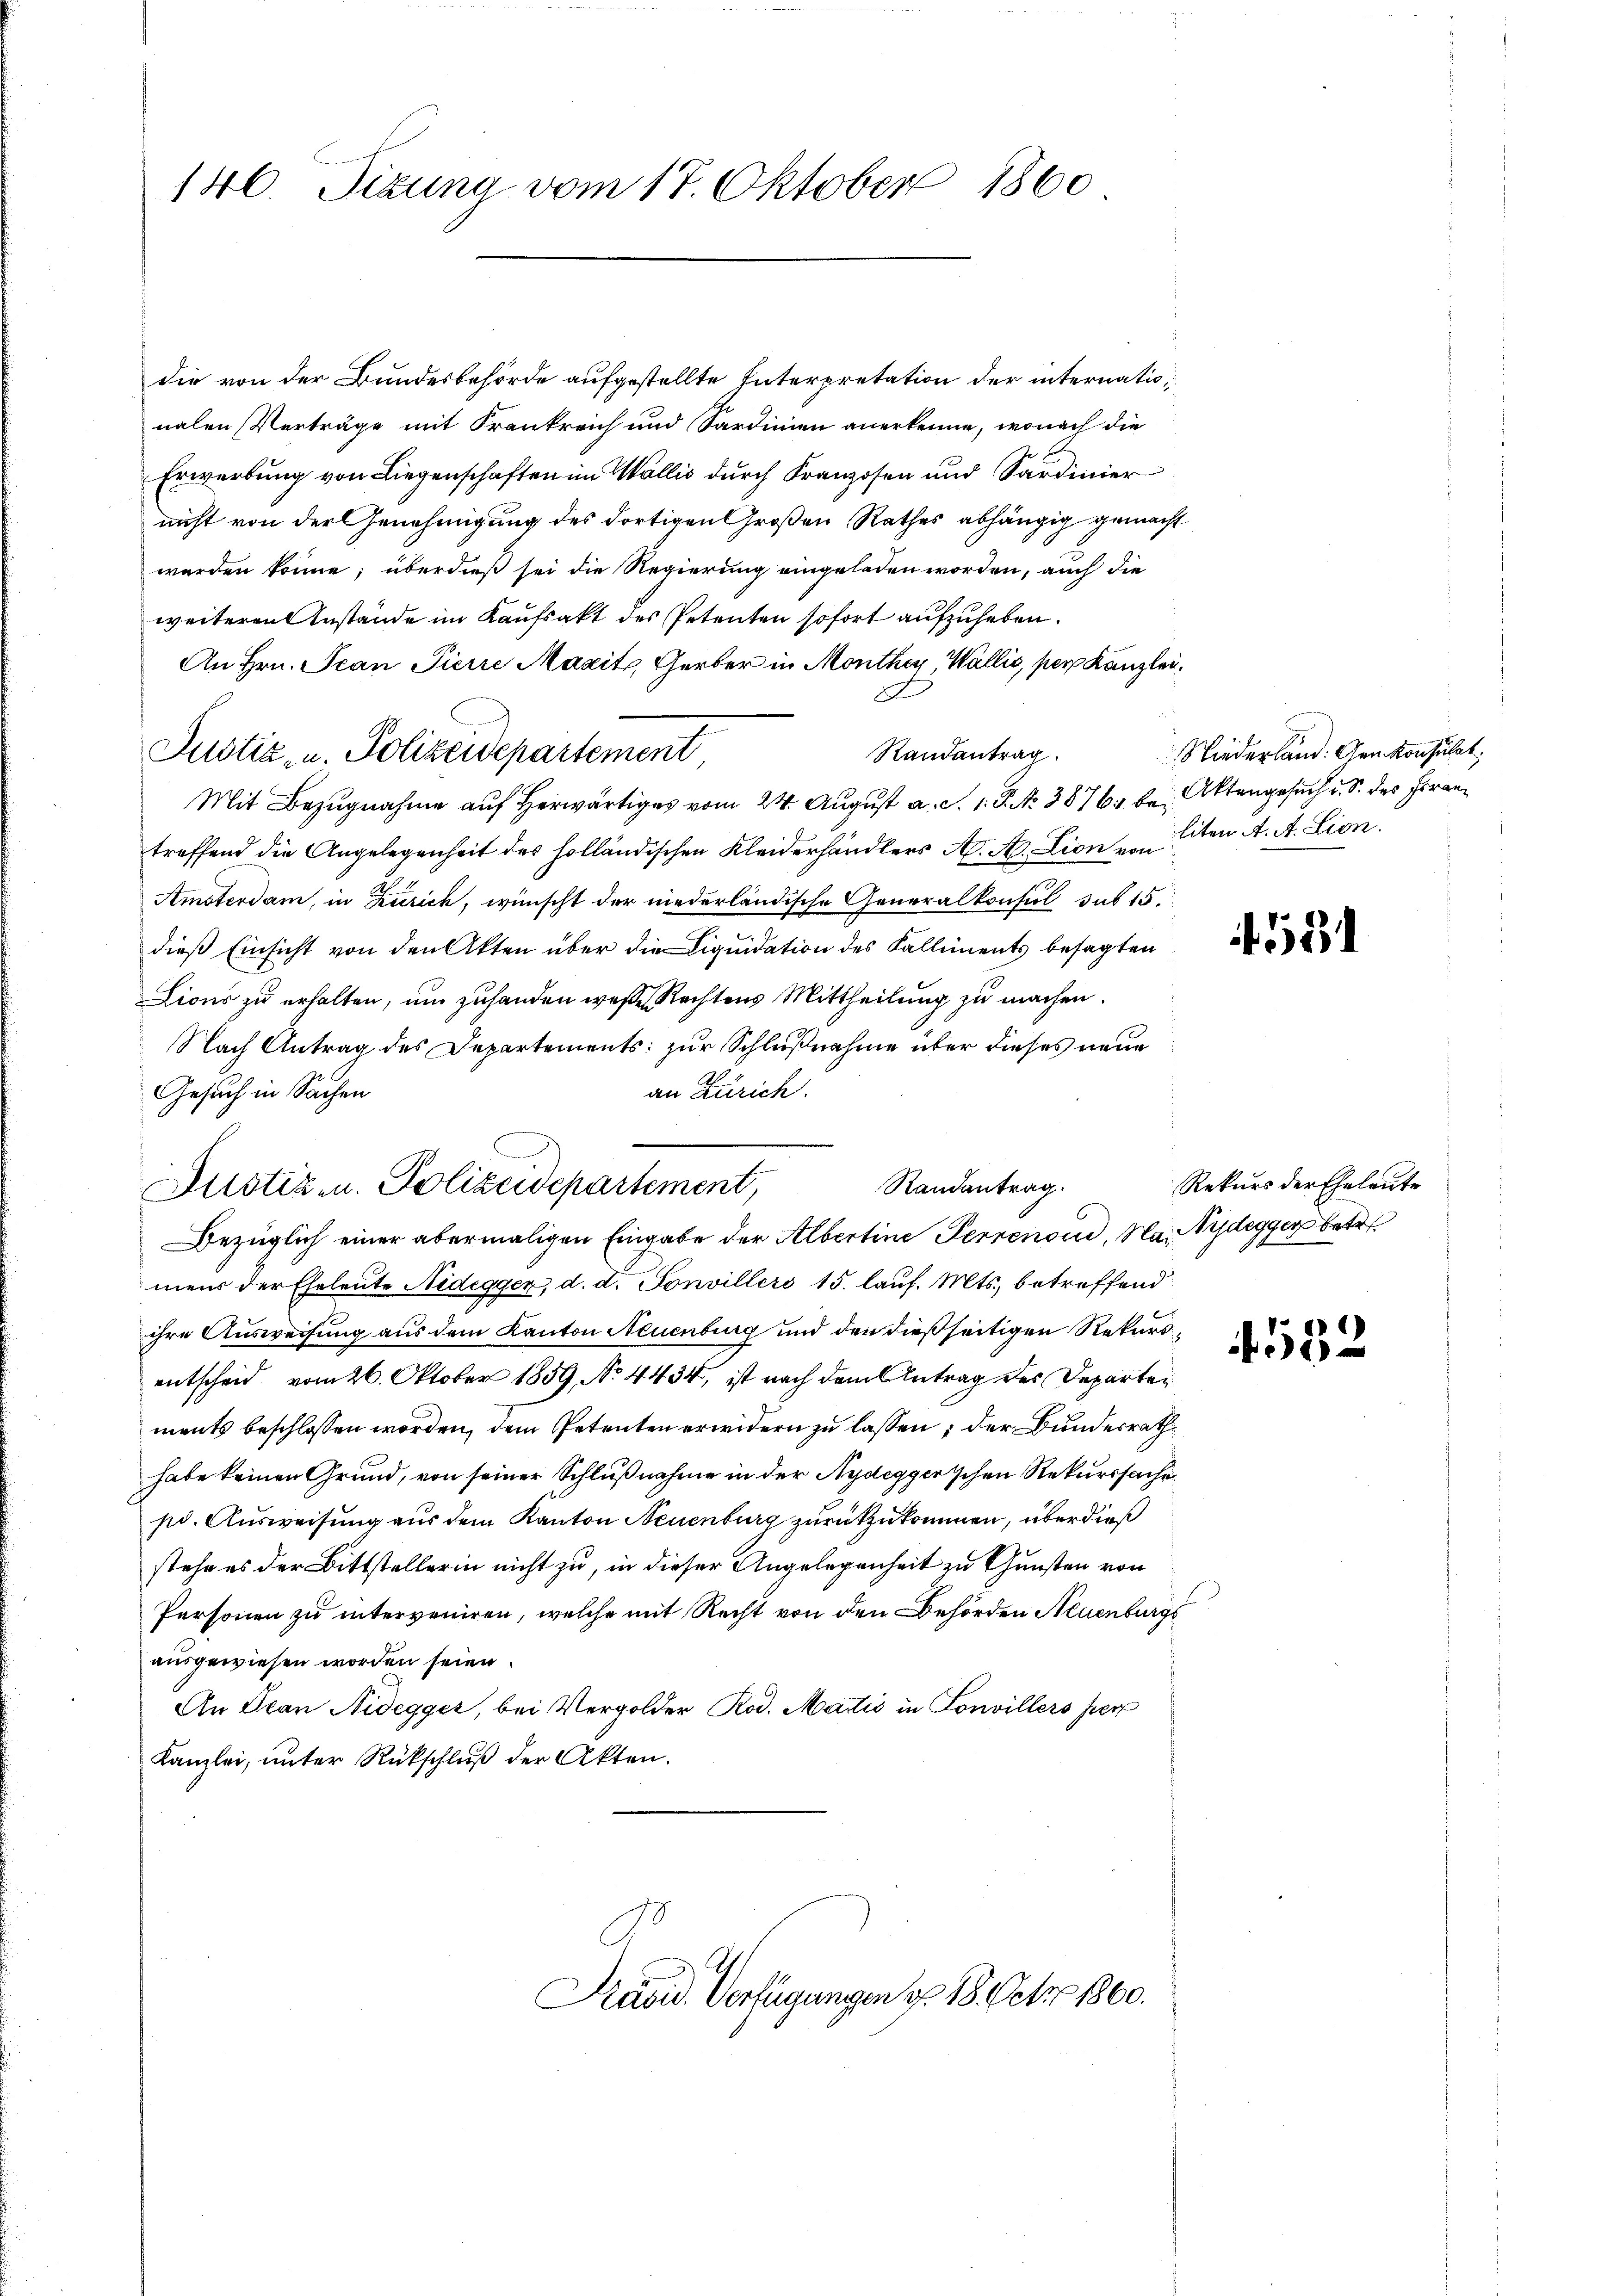
140. Sizung vom 17. Oktober 1860

die von der Bundesbehörde aufgestellte Interpretation der internationalen Verträge mit Frankreich und Sardinien anerkenne, wonach die
Erwerbung von Liegenschaften im Wallis durch Kranzosen und Sardinier
nicht von der Genehmigung des dortigen Großen Rathes abhängig gemacht
werden könne; überdieß sei die Regierung eingeladen worden, auch die
weiteren Anstände im Kaufsakt des Petenten sofort aufzuheben.
An Hrn. Jean Pierre Maxitz, Gerber in Monthey, Wallis, per Kanzlei.
F
Randantrag.
Mit Bezugnahme auf Herwärtiges vom 24. August a. S. 1. P. NNo. 3876, bei Aktengesuch u. S. des Fran
treffend die Angelegenheit des holländischen Kleiderhändlers A. A. Lion von 1ten A. A. Lion.
Amsterdam, in Zürich, wünscht der niederländische Generalkonsul sub 15.
dieß Einsicht von den Akten über die Liquidation des Kalliments besagten
Lions zu erhalten, um zuhanden wese Rechtens Mittheilung zu machen.
Nach Antrag des Departements zur Schlußnahme über dieses neue
an Zürich.
Gesuch in Sachen
Randantrag.
Justiz- u. Polizeidepartement,
Bezüglich einer abermaligen Eingabe der Albertine Perrenoud, Na. Nydegger betr.
mens der Eheleute Nidegger, d. d. Sonvillers 15. lauf. Mts. betreffend
ihre Ausweisung aus dem Kanton Neuenburg und den dießseitigen Rekursentscheid vom 26. Oktober 1859 No 4434, ist nach dem Antrag des Departen
ments beschlossen worden, dem Petenten erwidern zu lassen; der Bundesrathhabe keinen Grund, von seiner Schlußnahme in der Nydeggerischen Rekurssache
pd. Ausweisung aus dem Kanton Neuenburg zurückzukommen, überdieß
stehe es der Bittstellerin nicht zu, in dieser Angelegenheit zu Gunsten von
Personen zu interveniren, welche mit Recht von den Behörden Neuenburgs
ausgewiesen worden seien.
An Jean Nidegger, bei Vergolder Rod. Matić in Sonvillers per
Kanzlei, unter Rückschluß der Akten.

Justiz- u. Polizeidepartement

Präsid. Verfügungen u. 18. Octbr. 1860.

Niederland. Genkonsulat,

531

Rekurs der Eheleute

532